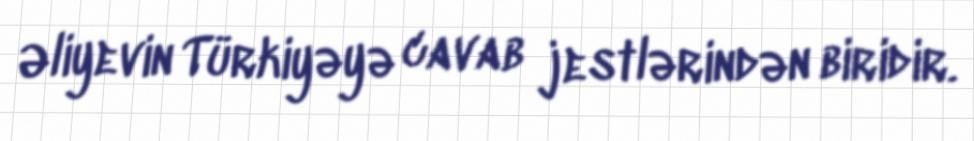
Əliyevin Türkiyəyə cavab jestlərindən biridir.